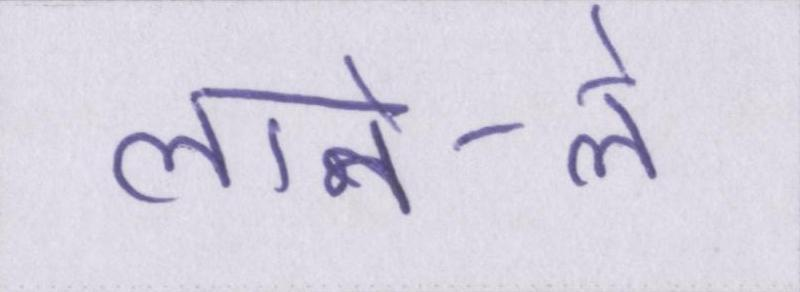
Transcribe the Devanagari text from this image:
लाने-ले